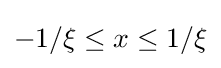
-1/\xi \leq x\leq 1/\xi